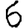
Digit: 6